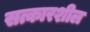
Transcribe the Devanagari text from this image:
सत्कारशील